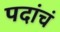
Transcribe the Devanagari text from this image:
पदांचं